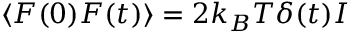
\langle F ( 0 ) F ( t ) \rangle = { 2 } k _ { B } T \delta ( t ) I